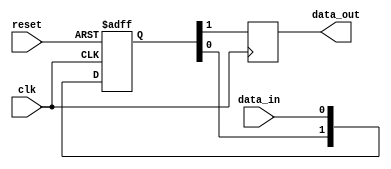
module two_flop_synchronizer (
    input wire clk, 
    input wire reset, 
    input wire data_in, 
    output reg data_out
);

reg [1:0] sync_data;

always @(posedge clk or posedge reset) begin
    if (reset) begin
        sync_data <= 2'b00;
    end else begin
        sync_data <= {sync_data[0], data_in};
    end
end

always @(posedge clk) begin
    data_out <= sync_data[1];
end

endmodule